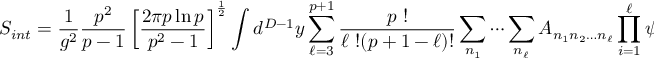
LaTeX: S _ { i n t } = \frac { 1 } { g ^ { 2 } } \frac { p ^ { 2 } } { p - 1 } \left[ \frac { 2 \pi p \ln p } { p ^ { 2 } - 1 } \right] ^ { \frac { 1 } { 2 } } \int d ^ { D - 1 } y \sum _ { \ell = 3 } ^ { p + 1 } \frac { p \ ! } { \ell \ ! ( p + 1 - \ell ) ! } \sum _ { n _ { 1 } } \cdots \sum _ { n _ { \ell } } A _ { n _ { 1 } n _ { 2 } \dots n _ { \ell } } \prod _ { i = 1 } ^ { \ell } \psi _ { n _ { i } } ( y ) ,